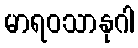
မာရဝသာနုဂါ